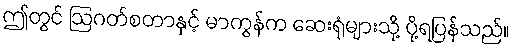
ဤတွင် ဩဂတ်စတာနှင့် မာကွန်က ဆေးရုံများသို့ ပို့ရပြန်သည်။